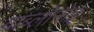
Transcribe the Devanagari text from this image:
याब्लोनोई